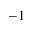
^ { - 1 }